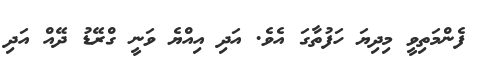
ފެންމަތިވީ މިދިޔަ ހަފުތާގަ އެވެ. އަދި އިއްޔެ ވަނީ ގްރޭޑު ދޭއް އަދި